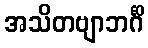
အသိတဗျာဘင်္ဂိ